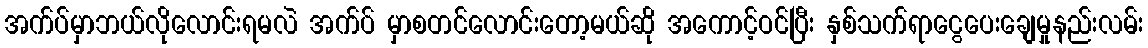
အက်ပ်မှာဘယ်လိုလောင်းရမလဲ အက်ပ် မှာစတင်လောင်းတော့မယ်ဆို အကောင့်ဝင်ပြီး နှစ်သက်ရာငွေပေးချေမှုနည်းလမ်း